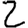
Digit: 2